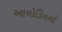
આયોડિનનો